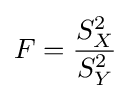
F={\frac {S_{X}^{2}}{S_{Y}^{2}}}